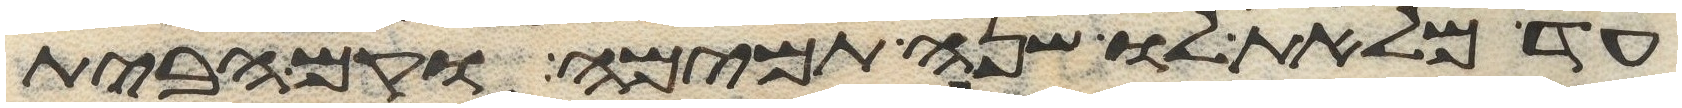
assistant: עד מלאת לו שנה תמימה וקם הבית